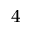
_ 4